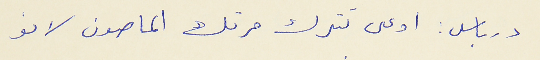
درباس : اوعى تترك مرتك الماصون لانو